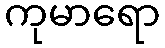
ကုမာရော